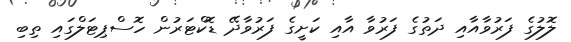
ލޮލުގެ ފަރުވާއާއި ދަތުގެ ފަރުވާ އާއި ކަށީގެ ފަރުވާދޭ ޑޮކްޓަރުން ހޮސްޕިޓަލްގައި ތިބި